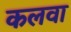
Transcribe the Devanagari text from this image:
कलवा